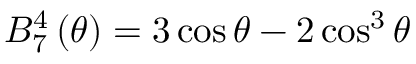
B _ { 7 } ^ { 4 } \left( \theta \right) = 3 \cos \theta - 2 \cos ^ { 3 } \theta